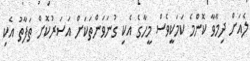
ލެއަށް ދިމާވާ ކޮންމެ ކަމަކީވެސް މީހާގެ އެކި ގުނަވަންތަކަށް އަސަރުކޮށް ތަފާތު އެކި